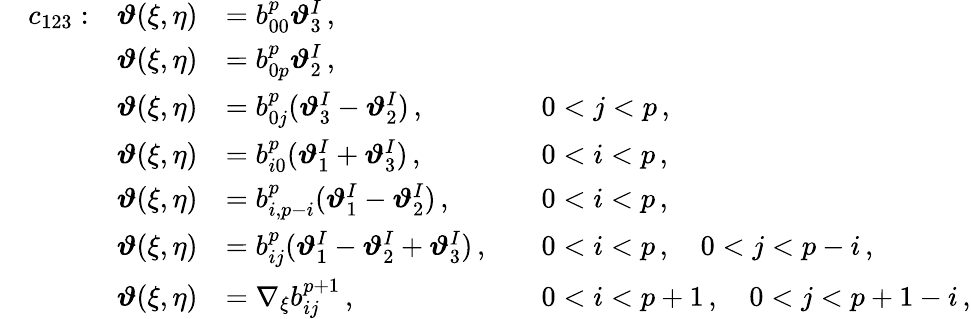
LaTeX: \begin{array}{rlrlrl}&{c_{123}:}&{\boldsymbol{\vartheta}(\xi,\eta)}&{=b_{00}^{p}\boldsymbol{\vartheta}_{3}^{I}\, ,}\\ &{}&{\boldsymbol{\vartheta}(\xi,\eta)}&{=b_{0p}^{p}\boldsymbol{\vartheta}_{2}^{I}\, ,}\\ &{}&{\boldsymbol{\vartheta}(\xi,\eta)}&{=b_{0j}^{p}(\boldsymbol{\vartheta}_{3}^{I}-\boldsymbol{\vartheta}_{2}^{I})\, ,}&&{0<j<p\, ,}\\ &{}&{\boldsymbol{\vartheta}(\xi,\eta)}&{=b_{i0}^{p}(\boldsymbol{\vartheta}_{1}^{I}+\boldsymbol{\vartheta}_{3}^{I})\, ,}&&{0<i<p\, ,}\\ &{}&{\boldsymbol{\vartheta}(\xi,\eta)}&{=b_{i,p-i}^{p}(\boldsymbol{\vartheta}_{1}^{I}-\boldsymbol{\vartheta}_{2}^{I})\, ,}&&{0<i<p\, ,}\\ &{}&{\boldsymbol{\vartheta}(\xi,\eta)}&{=b_{ij}^{p}(\boldsymbol{\vartheta}_{1}^{I}-\boldsymbol{\vartheta}_{2}^{I}+\boldsymbol{\vartheta}_{3}^{I})\, ,}&&{0<i<p\, ,\quad 0<j<p-i\, ,}\\ &{}&{\boldsymbol{\vartheta}(\xi,\eta)}&{=\nabla_{\xi}b_{ij}^{p+1}\, ,}&&{0<i<p+1\, ,\quad 0<j<p+1-i\, ,}\end{array}